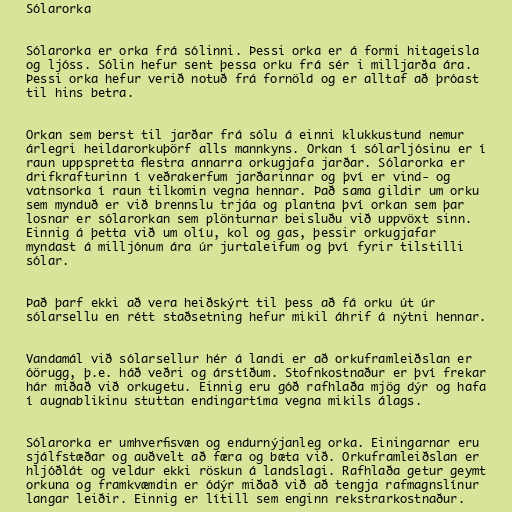
Sólarorka

Sólarorka er orka frá sólinni. Þessi orka er á formi hitageisla
og ljóss. Sólin hefur sent þessa orku frá sér i milljarða ára.
Þessi orka hefur verið notuð frá fornöld og er alltaf að þróast
til hins betra.

Orkan sem berst til jarðar frá sólu á einni klukkustund nemur
árlegri heildarorkuþörf alls mannkyns. Orkan í sólarljósinu er í
raun uppspretta flestra annarra orkugjafa jarðar. Sólarorka er
drifkrafturinn í veðrakerfum jarðarinnar og því er vind- og
vatnsorka í raun tilkomin vegna hennar. Það sama gildir um orku
sem mynduð er við brennslu trjáa og plantna því orkan sem þar
losnar er sólarorkan sem plönturnar beisluðu við uppvöxt sinn.
Einnig á þetta við um olíu, kol og gas, þessir orkugjafar
myndast á milljónum ára úr jurtaleifum og því fyrir tilstilli
sólar.

Það þarf ekki að vera heiðskýrt til þess að fá orku út úr
sólarsellu en rétt staðsetning hefur mikil áhrif á nýtni hennar.

Vandamál við sólarsellur hér á landi er að orkuframleiðslan er
óörugg, þ.e. háð veðri og árstíðum. Stofnkostnaður er því frekar
hár miðað við orkugetu. Einnig eru góð rafhlaða mjög dýr og hafa
í augnablikinu stuttan endingartíma vegna mikils álags.

Sólarorka er umhverfisvæn og endurnýjanleg orka. Einingarnar eru
sjálfstæðar og auðvelt að færa og bæta við. Orkuframleiðslan er
hljóðlát og veldur ekki röskun á landslagi. Rafhlaða getur geymt
orkuna og framkvæmdin er ódýr miðað við að tengja rafmagnslínur
langar leiðir. Einnig er lítill sem enginn rekstrarkostnaður.